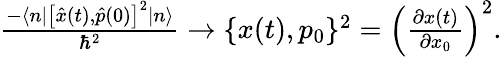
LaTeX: \begin{array}{r}{\frac{-\langle n|\left[{\hat{x}}(t),\hat{p}(0)\right]^{2}|n\rangle}{\hbar^{2}}\rightarrow\{ x(t),p_{0}\} ^{2}=\left(\frac{\partial x(t)}{\partial x_{0}}\right)^{2}.}\end{array}